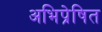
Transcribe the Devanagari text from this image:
अभिप्रेषित